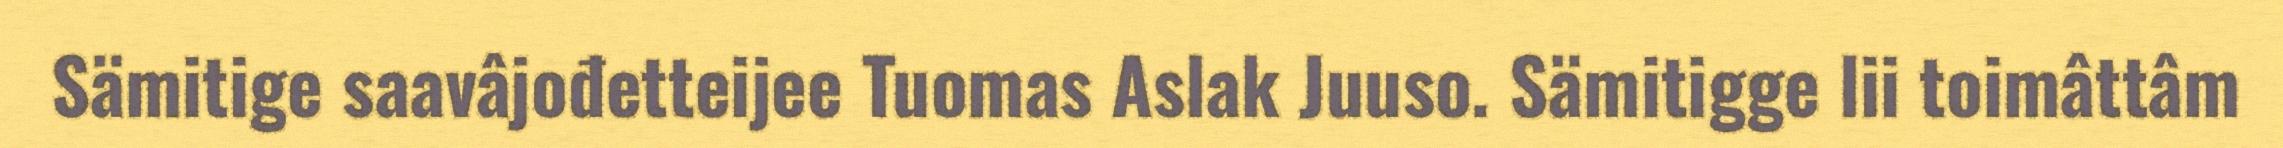
Sämitige saavâjođetteijee Tuomas Aslak Juuso. Sämitigge lii toimâttâm